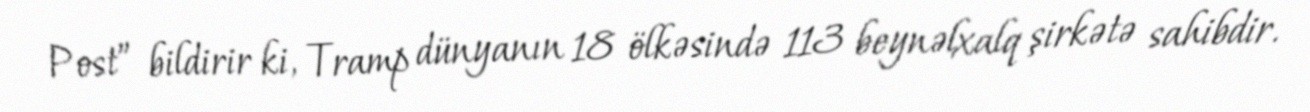
Post” bildirir ki, Tramp dünyanın 18 ölkəsində 113 beynəlxalq şirkətə sahibdir.